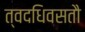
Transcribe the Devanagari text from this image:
त्वदधिवसतौ